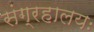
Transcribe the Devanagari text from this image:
संग्रहालयः